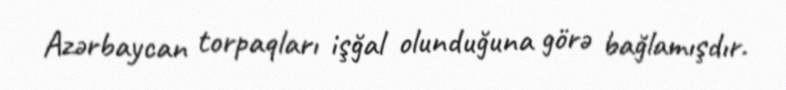
Azərbaycan torpaqları işğal olunduğuna görə bağlamışdır.